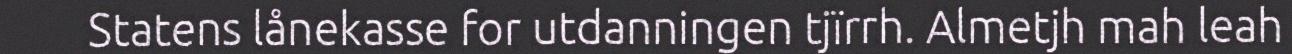
Statens lånekasse for utdanningen tjïrrh. Almetjh mah leah